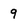
Character: 9